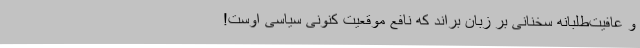
و عافیت‌طلبانه سخنانی بر زبان براند که نافع موقعیت کنونی سیاسی اوست!